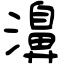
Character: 濞